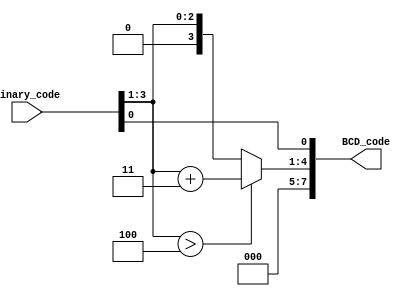
//############################################################################
//++++++++++++++++++++++++++++++++++++++++++++++++++++++++++++++++++++++++++++
//   Module Name : B2BCD_IP
//++++++++++++++++++++++++++++++++++++++++++++++++++++++++++++++++++++++++++++
//############################################################################

module B2BCD_IP #(parameter WIDTH = 4, parameter DIGIT = 2) (
    // Input signals
    Binary_code,
    // Output signals
    BCD_code
);

// ===============================================================
// Declaration
// ===============================================================
input  [WIDTH-1:0]   Binary_code;
output [DIGIT*4-1:0] BCD_code;
wire [DIGIT*4+1:0] input_data;
wire [DIGIT*4+1:0] stage [WIDTH-4:0];
// ===============================================================
// Soft IP DESIGN
// ===============================================================
assign input_data = Binary_code;
genvar i,j,k;
generate
	for(i=0;i<=WIDTH-4;i=i+1) begin
		if(i!=0) assign stage[i][DIGIT*4+1:WIDTH-i+4*(i/3)+1] = stage[i-1][DIGIT*4+1:WIDTH-i+4*(i/3)+1];
		if(i!=0) assign stage[i][WIDTH-i-4:0] = stage[i-1][WIDTH-i-4:0];
		for(j = 0; j<=i/3;j=j+1) begin
			if(i==0&&j==0) begin
				assign stage[i][DIGIT*4+1:WIDTH+1] = 0;
				assign stage[i][WIDTH-i+4*j-4:0] = input_data[WIDTH-i+4*j-4:0];
				assign stage[i][WIDTH-i+4*j -: 4] = (input_data[WIDTH-i+4*j -: 4] > 4)?input_data[WIDTH-i+4*j -: 4]+4'd3:input_data[WIDTH-i+4*j -: 4];
			end
			else begin 
				assign stage[i][WIDTH-i+4*j -: 4] = (stage[i-1][WIDTH-i+4*j -: 4] > 4)?stage[i-1][WIDTH-i+4*j -: 4]+4'd3:stage[i-1][WIDTH-i+4*j -: 4];
			end
		end
	end
endgenerate

assign BCD_code  = stage[WIDTH-4][DIGIT*4-1:0];

endmodule